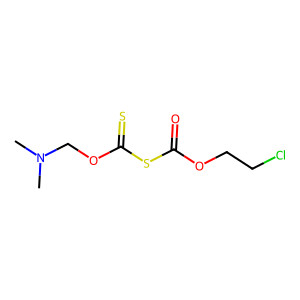
SMILES: CN(C)COC(=S)SC(=O)OCCCl
Inhibits HIV replication: No